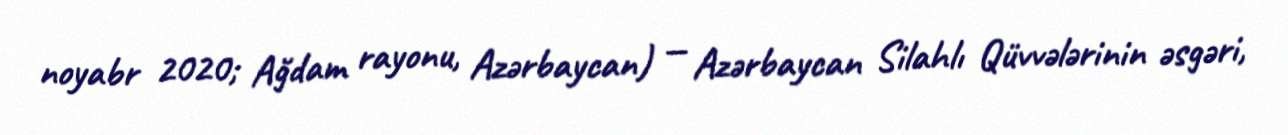
noyabr 2020; Ağdam rayonu, Azərbaycan) — Azərbaycan Silahlı Qüvvələrinin əsgəri,